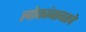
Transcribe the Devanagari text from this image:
लोकांबाबतचे